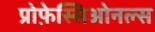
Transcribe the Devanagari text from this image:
प्रोफ़ेस्सिओनल्स